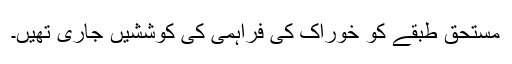
مستحق طبقے کو خوراک کی فراہمی کی کوششیں جاری تھیں۔